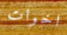
اخوات